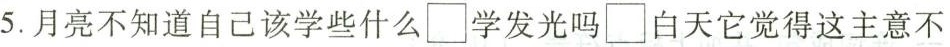
5.月亮不知道自己该学些什么\Box学发光吗\Box白天它觉得这主意不